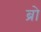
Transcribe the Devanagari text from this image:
ब्राे